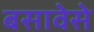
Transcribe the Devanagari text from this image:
बसावेसे